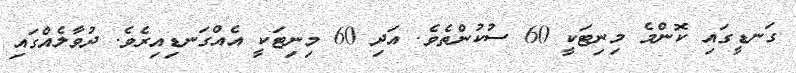
ގަނޑީގައި ކޮންމެ މިނިޓަކީ 60 ސުކުންތެވެ. އަދި 60 މިނިޓަކީ އެއްގަނޑިއިރެވެ. ދުވާލެއްގައި